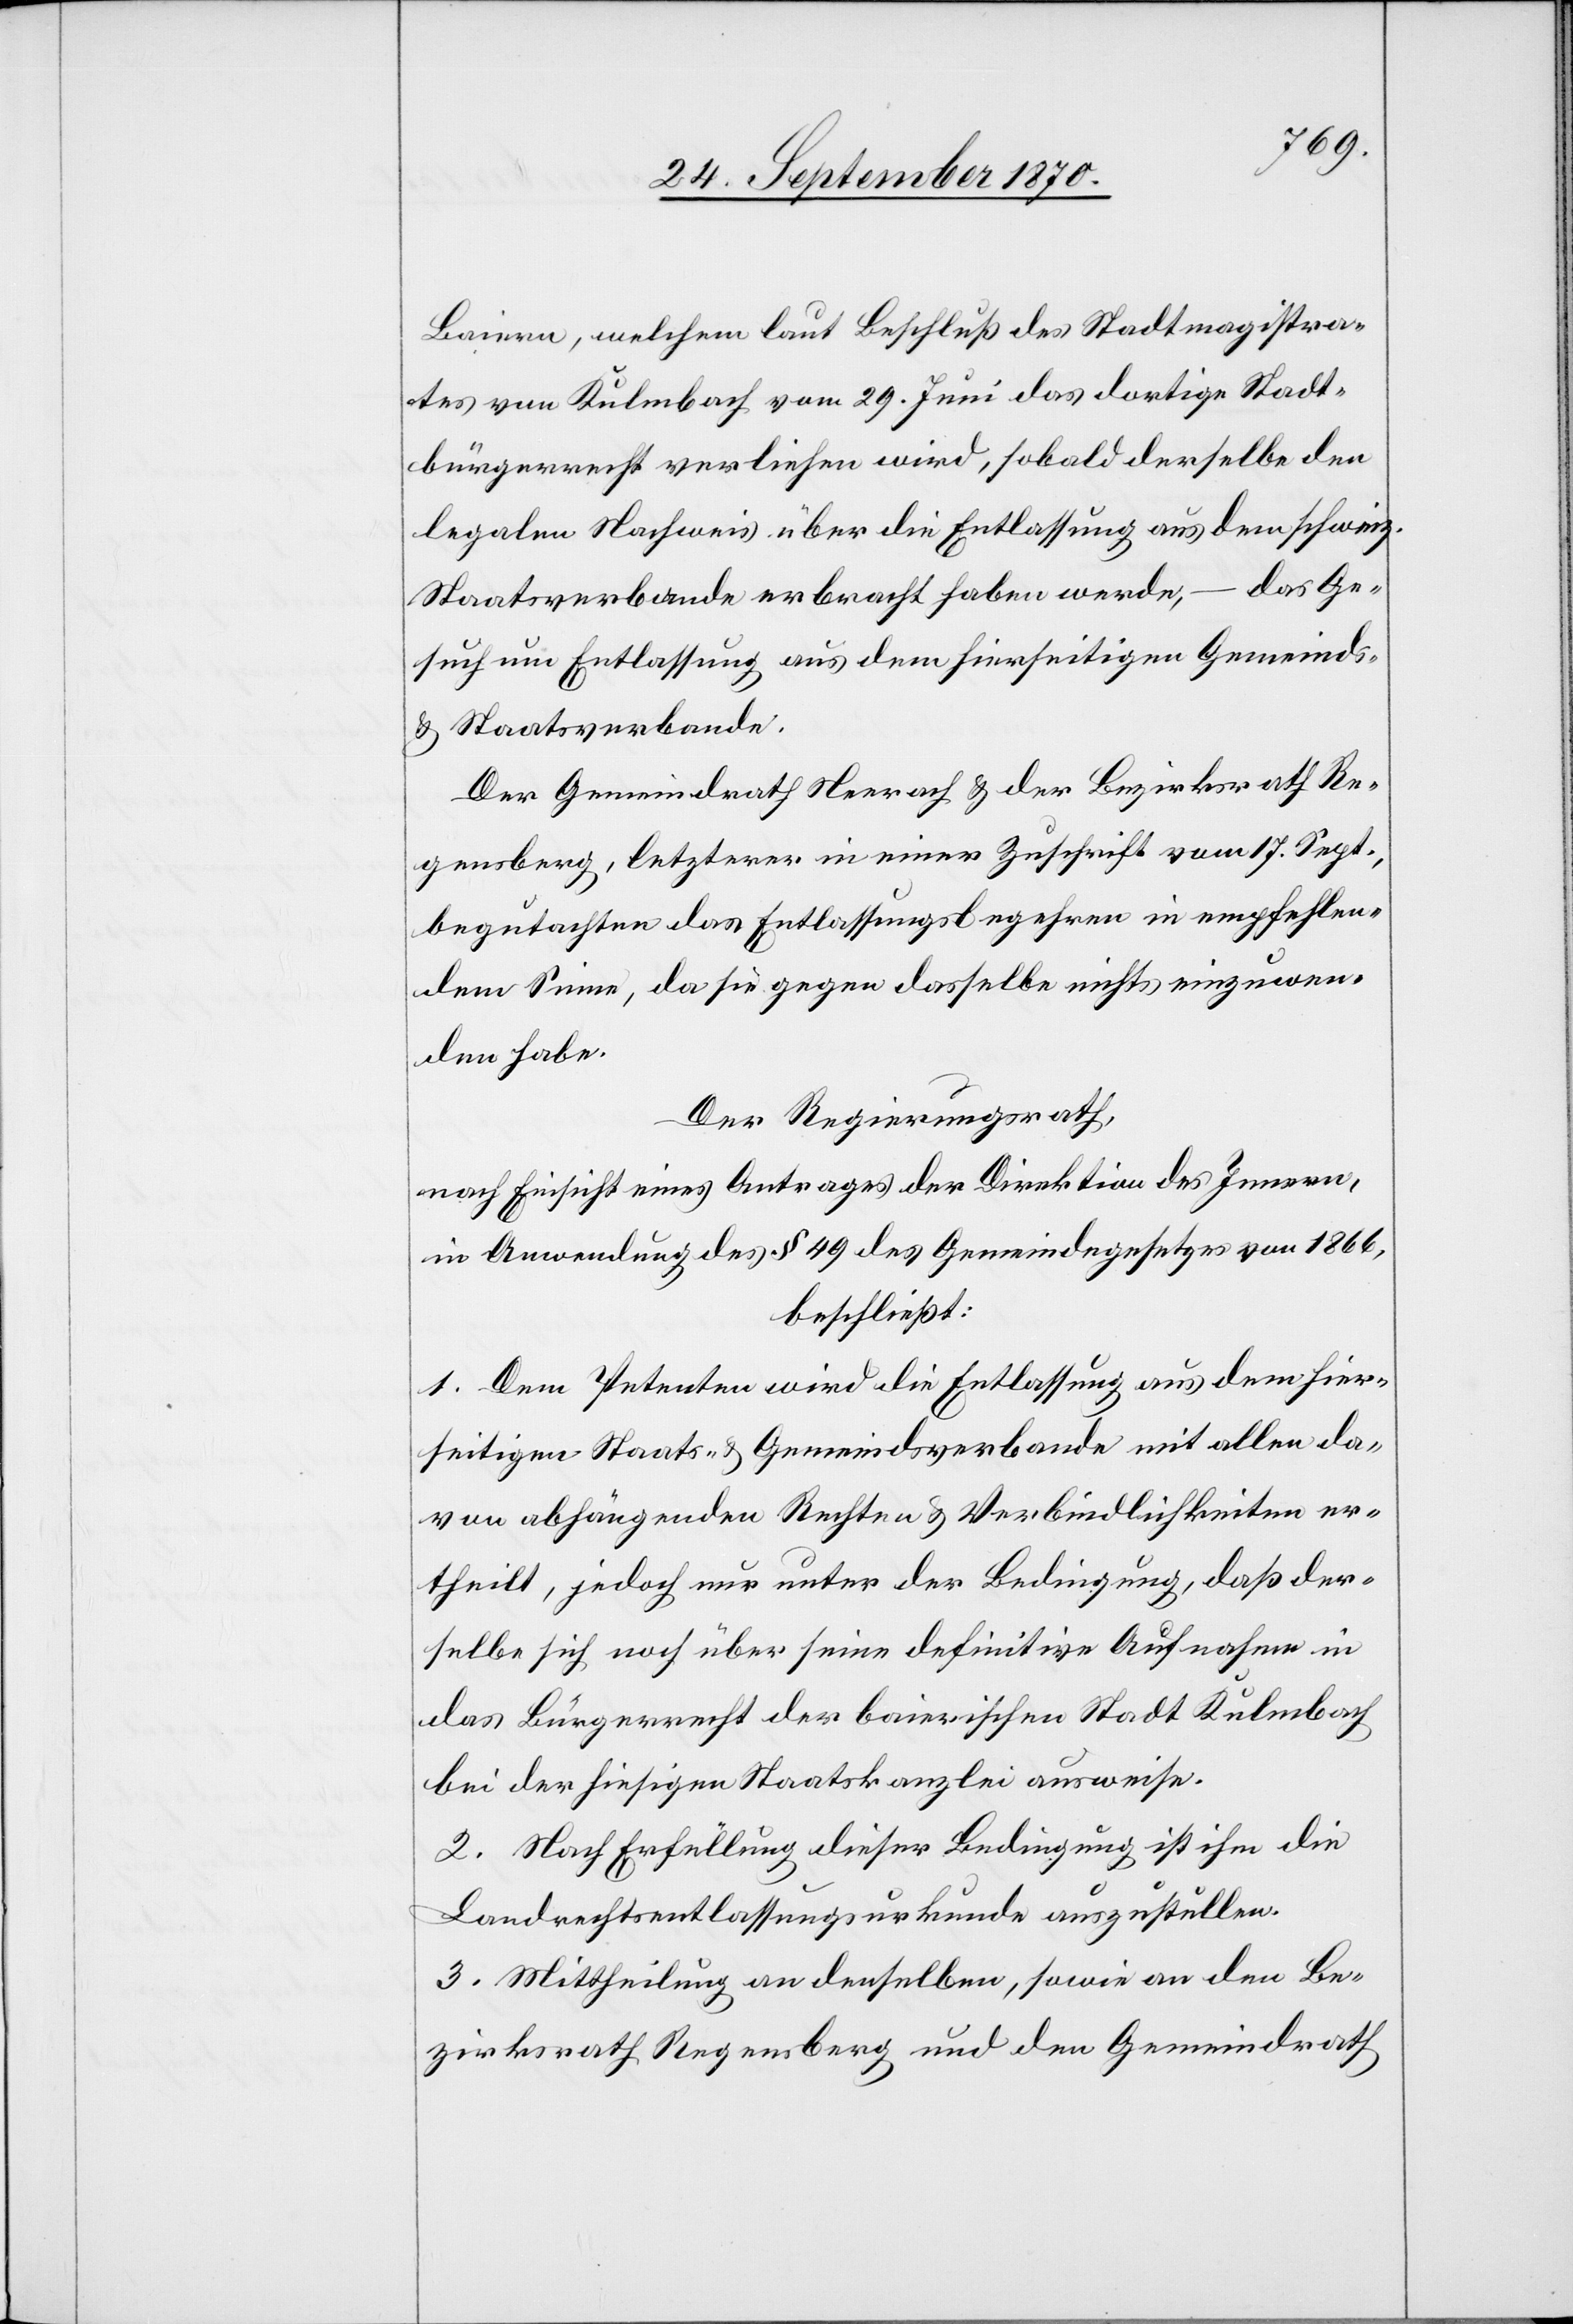
Baiern, welchem laut Beschluß des Stadtmagistra¬
tes von Kulmbach vom 29. Juni das dortige Stadt¬
bürgerrecht verliehen wird, sobald derselbe den
legalen Nachweis über die Entlassung aus dem schweiz.
Staatsverbande erbracht haben werde, – das Ge¬
such um Entlassung aus dem hierseitigen Gemeinde-
& Staatsverbande.
Der Gemeindrath Neerach & der Bezirksrath Re¬
gensberg, letzterer in einer Zuschrift vom 17. Sept.
begutachten das Entlassungsbegehren in empfehlen¬
dem Sinne, da sie gegen dasselbe nichts einzuwen¬
den habe[n].
Der Regierungsrath,
nach Einsicht eines Antrages der Direktion des Innern,
in Anwendung des § 49 des Gemeindegesetzes von 1866,
beschließt:
1. Dem Petenten wird die Entlassung aus dem hier¬
seitigen Staats- & Gemeindsverbande mit allen da¬
von abhängenden Rechten & Verbindlichkeiten er¬
theilt, jedoch nur unter der Bedingung, daß der¬
selbe sich noch über seine definitive Aufnahme in
das Bürgerrecht der baierischen Stadt Kulmbach
bei der hiesigen Staatskanzlei ausweise.
2. Nach Erfüllung dieser Bedingung ist ihm die
Landrechtsentlassungsurkunde auszustellen.
3. Mittheilung an denselben, sowie an den Be¬
zirksrath Regensberg und den Gemeindrath